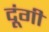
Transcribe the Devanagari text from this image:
दूंगी